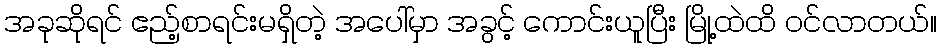
အခုဆိုရင် ဧည့်စာရင်းမရှိတဲ့ အပေါ်မှာ အခွင့် ကောင်းယူပြီး မြို့ထဲထိ ဝင်လာတယ်။